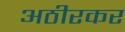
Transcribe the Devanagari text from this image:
अठीरकर